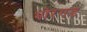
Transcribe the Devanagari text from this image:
भोरगड